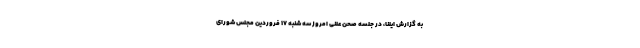
به گزارش ایلنا، در جلسه صحن علنی امروز سه شنبه ۱۷ فروردین مجلس شورای